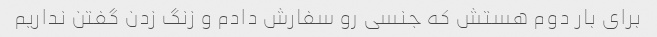
برای بار دوم هستش که جنسی رو سفارش دادم و زنگ زدن گفتن نداریم